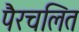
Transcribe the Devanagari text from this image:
पैरचलित